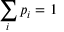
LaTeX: \sum _ { i } p _ { i } = 1